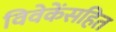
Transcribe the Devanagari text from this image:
विवेकेंसहित